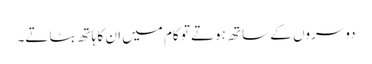
دوسروں کے ساتھ ہوتے تو کام میں ان کا ہاتھ بٹاتے۔